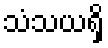
သံသယရှိ